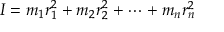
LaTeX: I = m _ { 1 } r _ { 1 } ^ { 2 } + m _ { 2 } r _ { 2 } ^ { 2 } + \cdots + m _ { n } r _ { n } ^ { 2 }